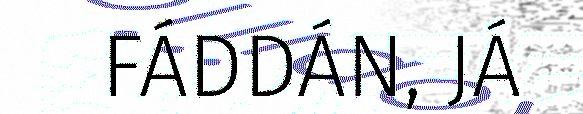
FÁDDÁN, JÁ